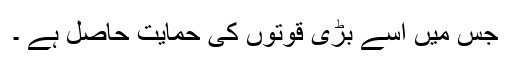
جس میں اسے بڑی قوتوں کی حمایت حاصل ہے ۔